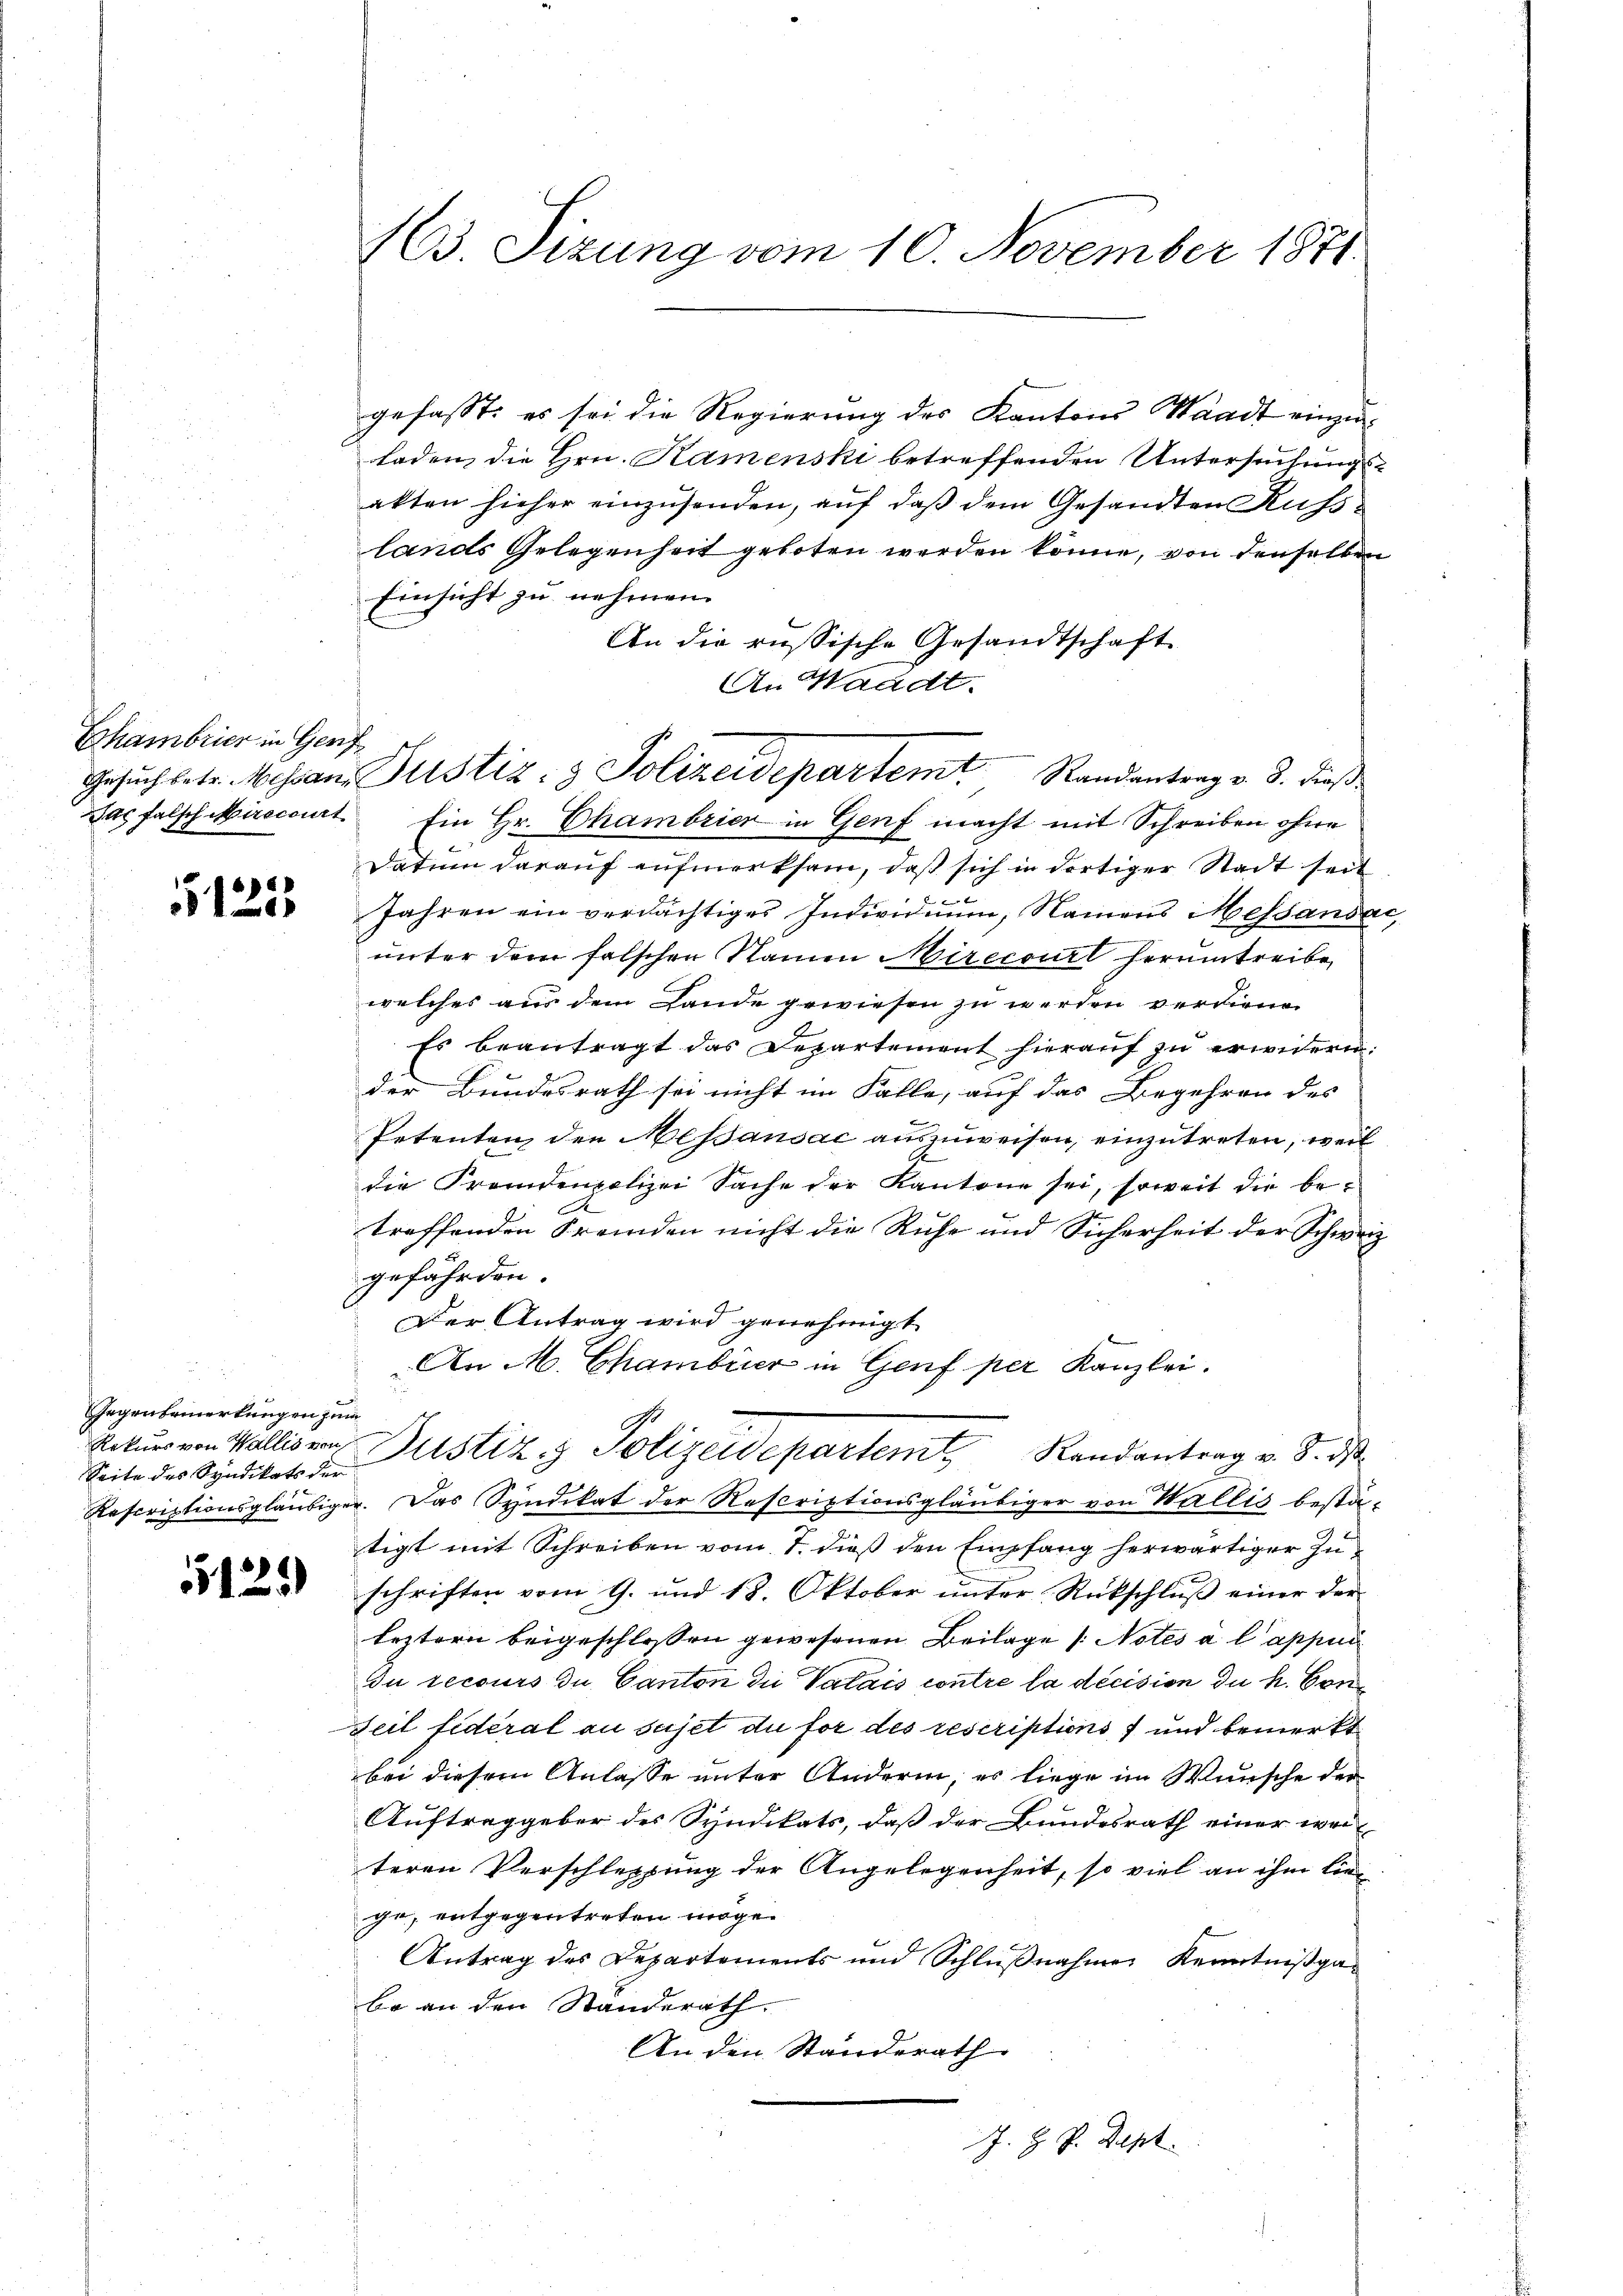
Echambrier in Genf e

66

Gegen bemerkungen zum
Seite des Syndikats der

gefasst: es sei die Regierung des Kantons Waadt einzu¬
Laden, die Hrn. Namenski betreffenden Untersuchungsakten hieher einzusenden, auf daß dem Gesandten Kusslands Gelegenheit geboten werden könne, von denselben
Einsicht zu nehmen.
An die russische Gesandtschaft
An Waadt.
Jac falsch Mirocat Ein Hr. Chambrier in Genf macht mit Schreiben ohne
Datum darauf aufmerksam, daß sich in dortiger Stadt seit
 Jahren ein verdächtiger Individŭŭm, Namens Messandac
unter dem falschen Namen Mirecourl herumtreibe
welches aus dem Lande gewiesen zu werden verdienen
Es beantragt das Departement hieraŭf zŭ erwidern.
der Bundesrath sei nicht im Falle, auf das Begehren des
Petenten den Messansac auszuweisen, einzutreten, weil
die Fremdenpolizei Sache der Kantone sei, soweit die betreffenden Fremden nicht die Ruhe und Sicherheit der Schweiz
gefährden.
Der Antrag wird genehmigt
An M. Chambrier in Gerf per Kanzlei.
Rekurs von Walliser Justiz & Polizeidepartem Randantrag v. 3. ds
Rescriptionsgläubiger. Das Syndikat der Rescriptionsgläubiger von Wallis besta-
tigt mit Schreiben vom 7. dieß den Empfang herwärtiger Zu¬
 schriften vom 9. und 18. Oktober ŭnter Rückschlŭβ einer der
leztern beigeschlossen gewesenen Beilage /: Notes à l’appun
Du recours du Canton die Valais contre la décision du h. Con¬
Zeit fiderat au sujet du for des rescriptions und bemerkt
bei diesem Anlasse unter Andern, es liege im Wunsche der
Auftraggeber des Syndikats, daß der Bundesrath einer weiteren Verschleppung der Angelegenheit, so viel an ihm liege, entgegentreten möge.
Antrag des Departements und Schlußnahmen Kenntnißgabe an den Ständerath.
An den Standerath
J. H. P. Dept.

13. Sizung vom 10. November 1871

Gesuch betr. Messans Justiz- & Polizeidepartem Randantrag v. 3. dieß